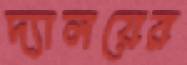
দ্যালয়ের